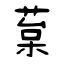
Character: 葈